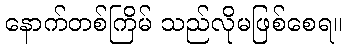
နောက်တစ်ကြိမ် သည်လိုမဖြစ်စေရ။